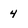
Character: 4